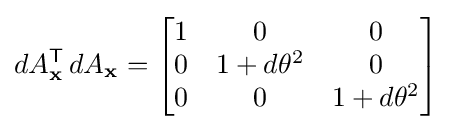
dA_{\mathbf {x} }^{\textsf {T}}\,dA_{\mathbf {x} }={\begin{bmatrix}1&0&0\\0&1+d\theta ^{2}&0\\0&0&1+d\theta ^{2}\end{bmatrix}}